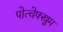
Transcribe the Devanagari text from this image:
पोत्चेफ्स्त्रूम